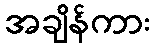
အချိန်ကား